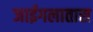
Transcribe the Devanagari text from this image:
जाईगलातास